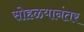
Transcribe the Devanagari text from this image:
सोहळयानंतर